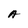
Character: A